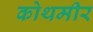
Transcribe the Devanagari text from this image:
कोथमीर